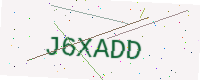
Text: J6XADD